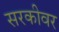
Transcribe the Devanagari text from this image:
सरकीवर